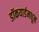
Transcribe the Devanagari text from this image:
डॉकयार्डमधून